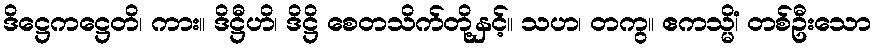
ဒိဋ္ဌေကဋ္ဌေတိ၊ ကား။ ဒိဋ္ဌီဟိ၊ ဒိဋ္ဌိ စေတသိက်တို့နှင့်။ သဟ၊ တကွ။ ဧကသ္မိံ၊ တစ်ဦးသော